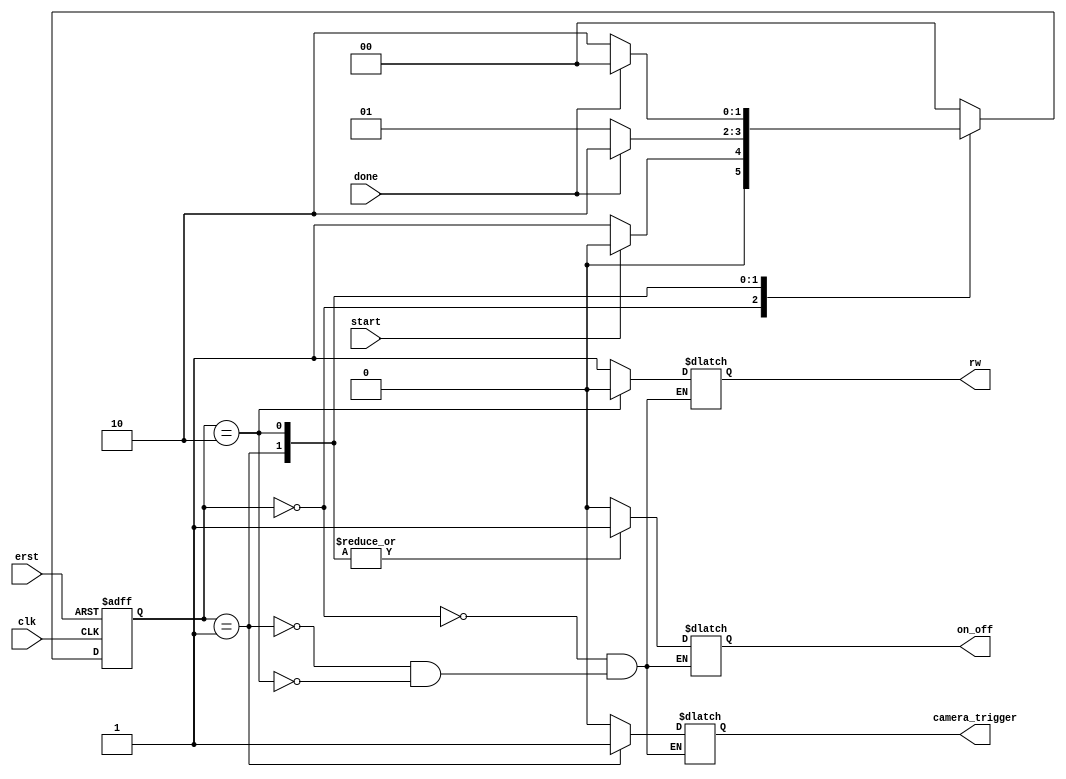

`timescale 1ns/1ns

module Controller(
input clk,                      //clock
input erst,                     //external reset
input done,                     //status signal from the BRWM module
input start,                    //external start command
output reg on_off,              //status signal to the BRWM module
output reg rw,                  //status signal to the BRWM module
output reg camera_trigger       //status signal to the camera
);

parameter [1:0] IDLE = 2'b00, CAMERA_READ = 2'b01, GRAY_WRITE = 2'b10;
reg [1:0] CS, NS;

always @(posedge clk or negedge erst)
begin
 if (!erst)
  CS <= IDLE;
 else CS <= NS;
end

always @(CS, start, done)
begin
 case(CS)
 IDLE: begin
        on_off = 1'b0;
        rw = 1'bz;
        camera_trigger = 1'b0;
        if (!start == 1'b1)
         NS = CAMERA_READ;
        else NS = IDLE;
       end
 CAMERA_READ: begin
               camera_trigger = 1'b1;
               on_off = 1'b1;
               rw = 1'b1;
               if (done == 1'b1)
                NS = GRAY_WRITE;
               else NS = CAMERA_READ;
              end
 GRAY_WRITE: begin
               camera_trigger = 1'b0;
               on_off = 1'b1;
               rw = 1'b0;
               if (done == 1'b1)
                NS = IDLE;
               else NS = GRAY_WRITE;
             end
 default: NS = IDLE;
 endcase
end

endmodule